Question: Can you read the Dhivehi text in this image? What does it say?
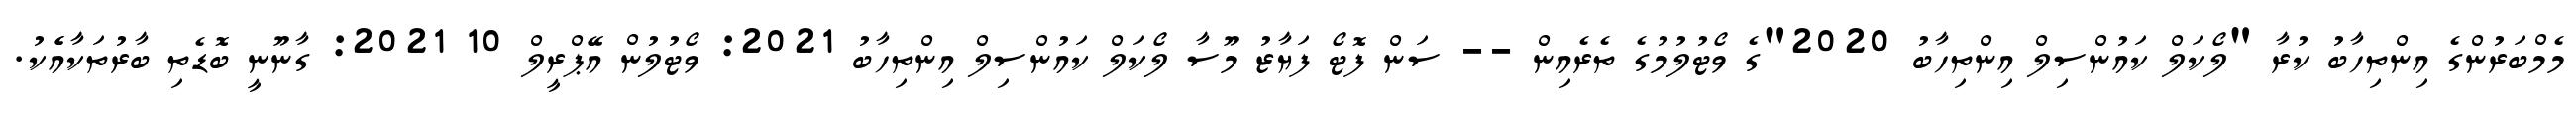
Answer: މެމްބަރުންގެ އިންތިހާބު ކުރާ "ލޯކަލް ކައުންސިލް އިންތިހާބު 2020"ގެ ވޯޓުލުމުގެ ތެރެއިން -- ސަން ފޮޓޯ ފަޔާޒު މޫސާ ލޯކަލް ކައުންސިލް އިންތިހާބު 2021: ވޯޓުލުން އޭޕްރީލް 10 2021: ގާނޫނީ ބޮޑެތި ބާރުތަކާއެެކު.